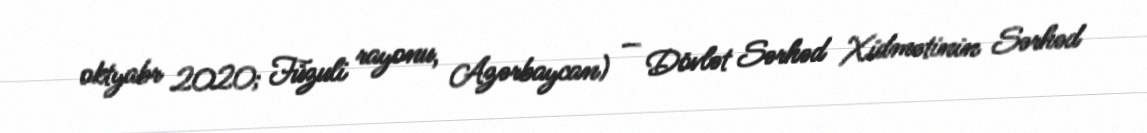
oktyabr 2020; Füzuli rayonu, Azərbaycan) — Dövlət Sərhəd Xidmətinin Sərhəd